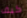
كيف